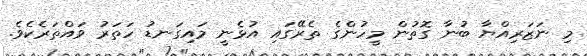
މި ނަޒަރިއްޔާ ބުނާ ގޮތުން މީހުންގެ ތެރޭގައި އުޅެނީ މައިގަނޑު ހަތަރު ވައްތަރެކެވެ.